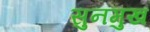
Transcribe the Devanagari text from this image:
सुनमुख